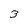
Character: 3